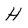
Character: H